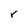
Character: r